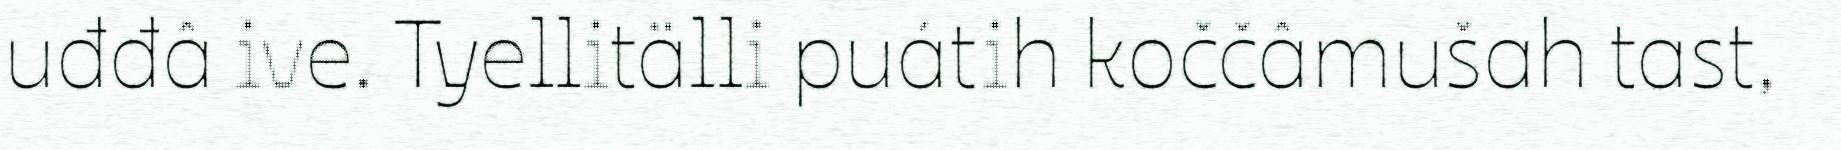
uđđâ ive. Tyellitälli puátih koččâmušah tast,